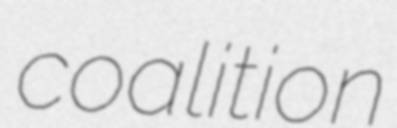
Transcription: coalition